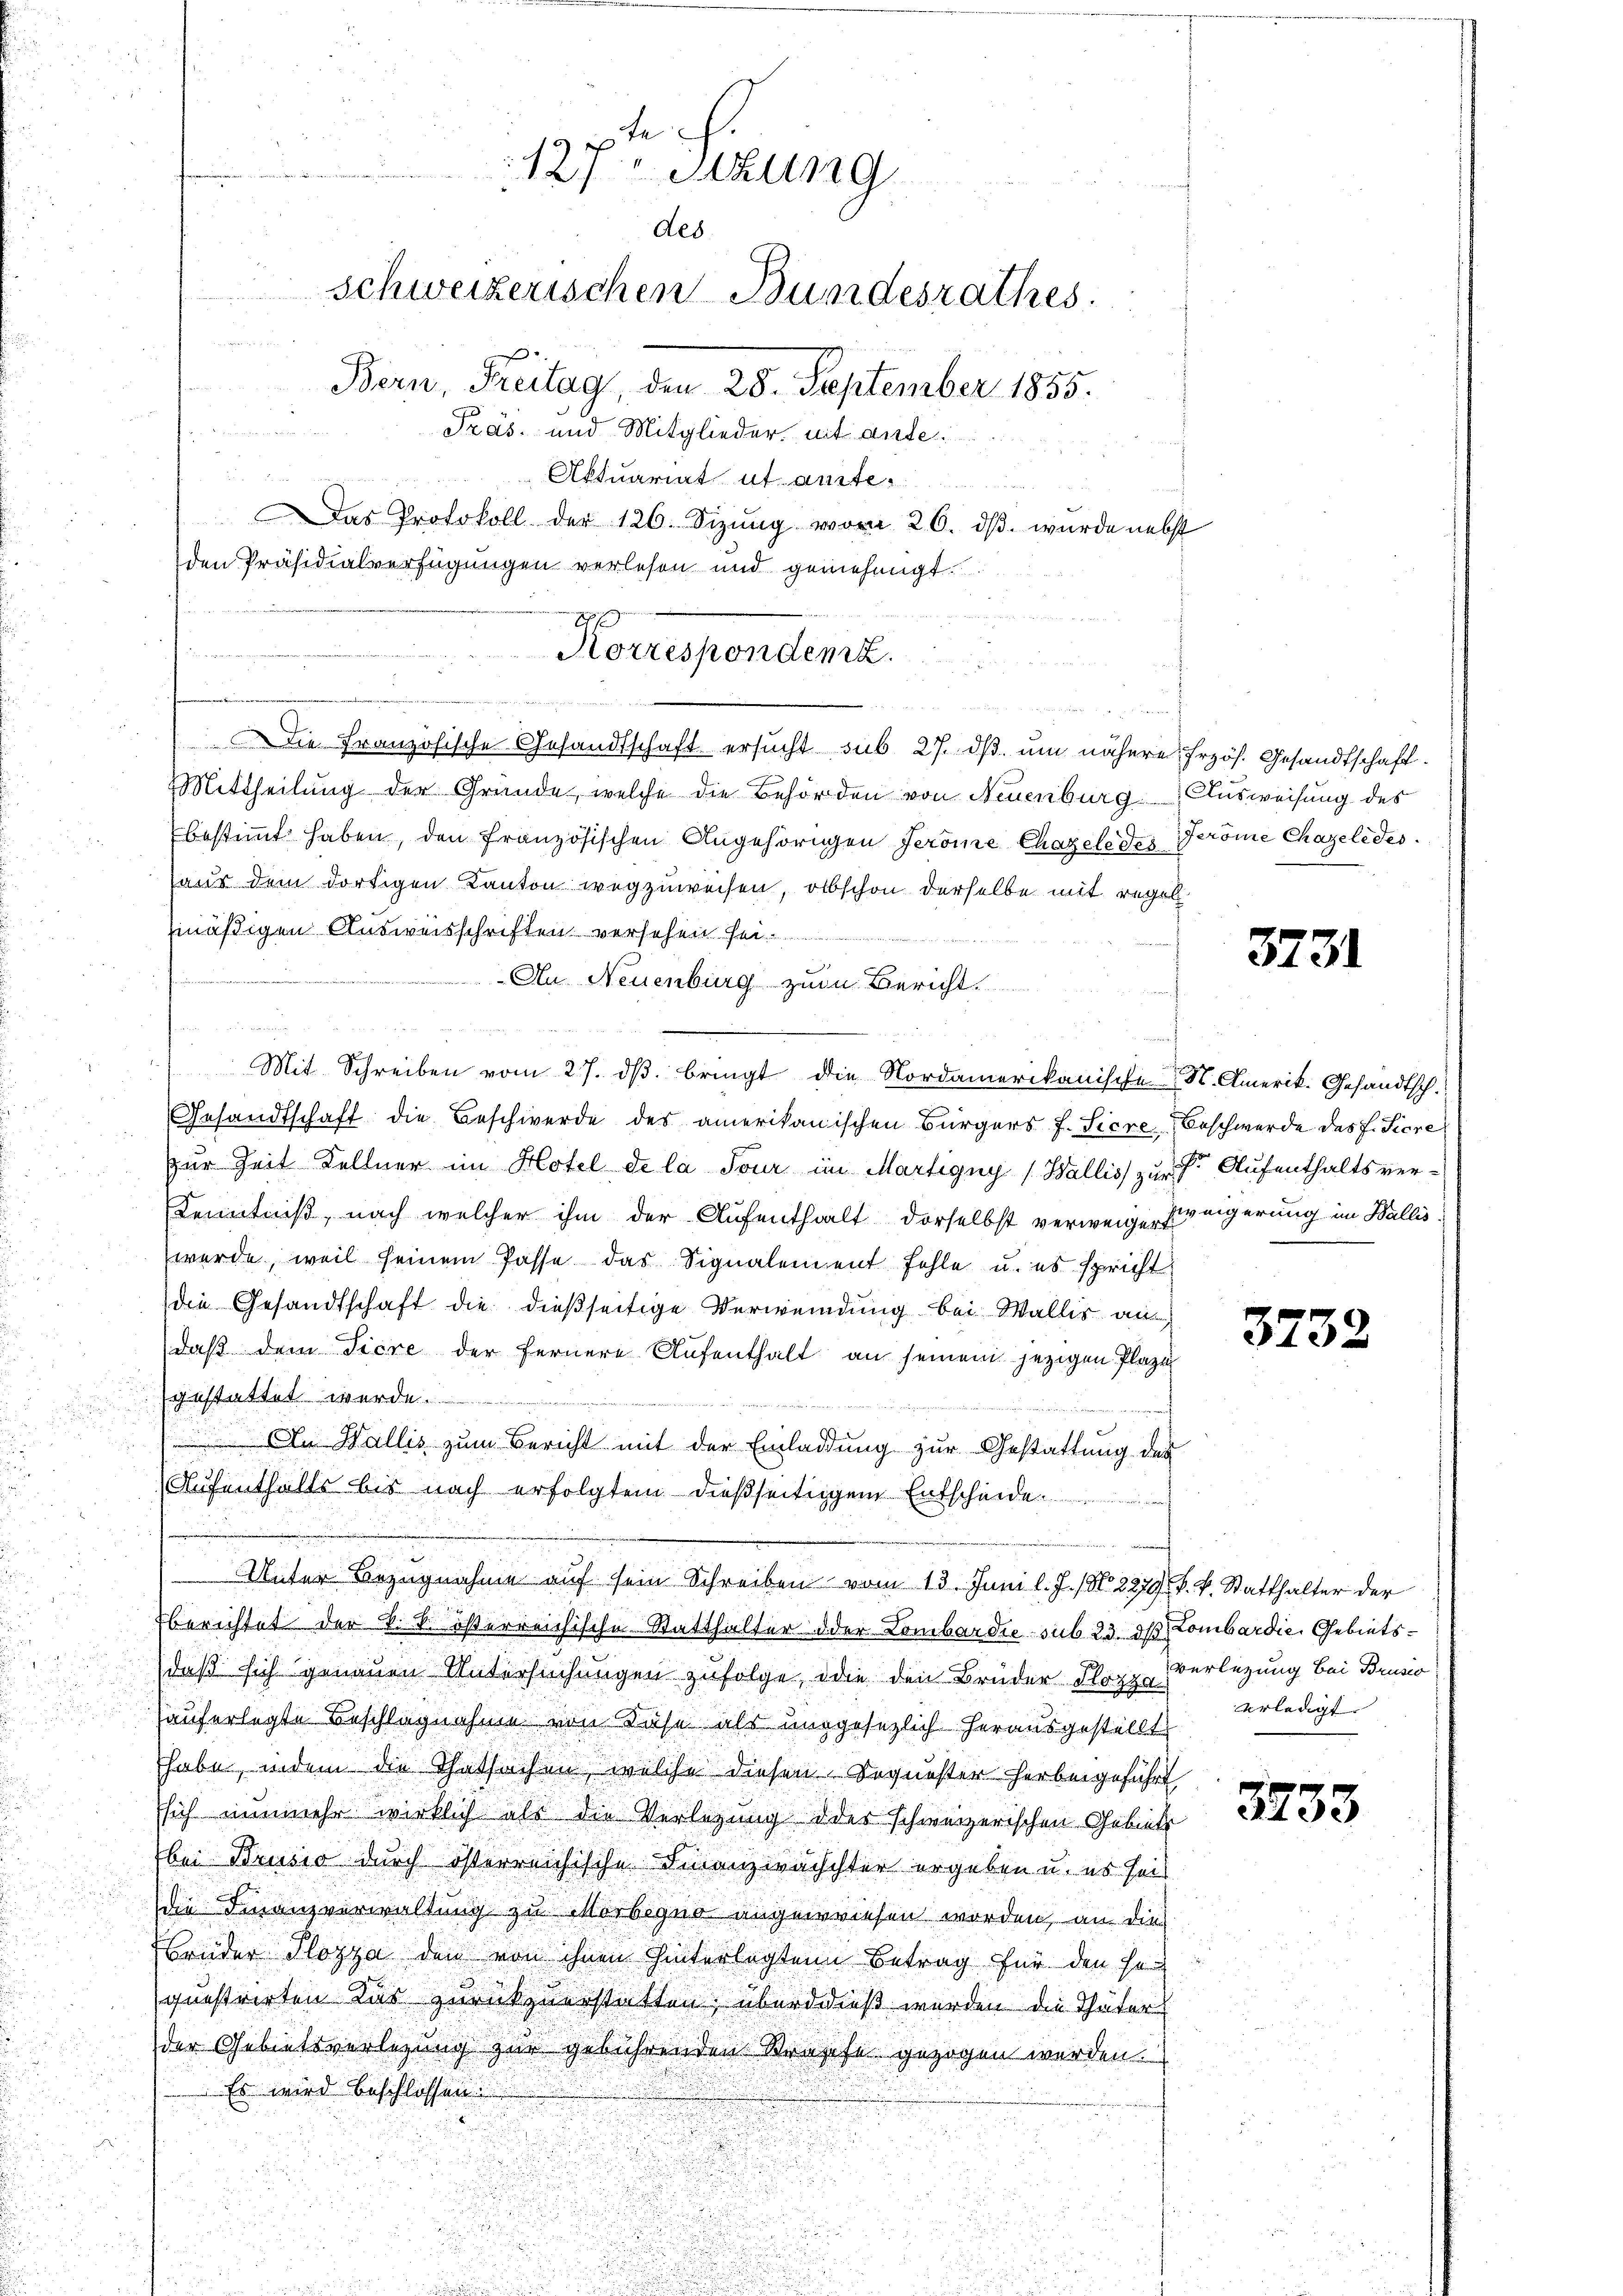
u
.
Mittheilung der Grunde, welche die Behörden von Neuenburg, Ausweisung des
bestimmt haben, den französischen Angehörigen Jerome Chazele des Geröme Chazeledes.
saus dem dortigen Kanton wegzuweisen, obschon derselbe mit regel
inäßigen Ausweisschriften versehen Fo
An Neuenburg zum Bericht.
Mit Schreiben vom 27. ds. bringt die Nordamerikanische St. Amerik. Gesandtsch.
Gesandtschaft die Beschwerde des amerikanischen Bürgers f. Siere Beschwerde des H. Tiere
zur Zeit Kellner im Hotel de la Tour im Martigny (Wallis zur Dr. Aufenthaltsver¬
Kenntniß, nach welcher ihm der Aufenthalt derselbst verweigen zeigerung im Walliswerde, weil seinem Pässe das Signalement fehle u. es spricht
die Gesandtschaft die dießseitige Verwendung bei Wallis an
daß dem Tiere der fernere Aufenthalt an seinem jezigen Plazi
gestattet werde

An Wallis zum Bericht mit der Einladung zŭr Gestattung des
Aufenthalts bis nach erfolgtem dießseitigem Entscheide

Unter Bezugnahme auf sein Schreiben vom 13. Juni l. J. (N. 2279/ k. k. Statthalter der
Tberichtet der k. k. österreichische Statthalter oder Lombardie sub. 23. ds Lombardie Gebietsdaß sich genauen Untersuchungen zufolge, die den Brüder Flopp verlegung bei Brusio
hauferlegte Beschlagnahme von Käse als unggesezlich herausgestellt
habe, indem die Thatsachen, welche diesen Sequester herbeigeführt
ssich nunmehr wirklich als die Verletzung d der schweizerischen Gebiete
bei Brusio durch österreichische Finanzwächchter ergeben u. es seit
die Finanzverwaltung zu Morbegna angewiesen worden, an dies
Brüder Plozza den von ihnen hinterlegten Betrag für den se
questrirten Kar zurückzuerstatten; überdieß werden die Thäter
der Gebietsverlegung zur gebührenden Krapfe gezogen werden.
Es wird beschlossen:

in de
Aktuariat ut anste.
Das Protokoll der 126. Sizŭng vom 26. dβ. wurde nebst
den Präsidialverfügungen verlesen und genehmigt.
 gegen
u
Korresponden

Die Französische Gesandtschaft ersucht sub 27. dβ. um nähere Erzös. Gesandtschaft.

e
127. Sitzung
des.
Schweizerischen Bundesrathes.
Bern, Freitag, den 25. September 1835.
der vereiten in Kellen un
Pras. und Mitglieder, mit aufe

in die in seine u. da

3731

3732

erledigt. |

3733